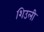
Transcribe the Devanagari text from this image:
शिउली